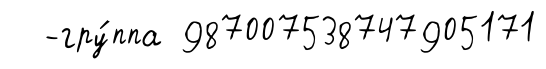
-гру́ппа 987007538747905171